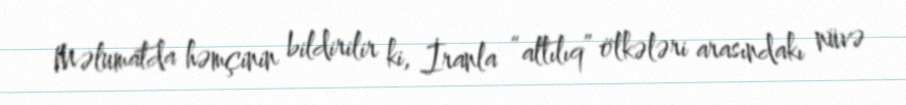
Məlumatda həmçinin bildirilir ki, İranla “altılıq” ölkələri arasındakı nüvə